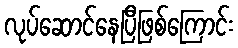
လုပ်ဆောင်နေပြီဖြစ်ကြောင်း